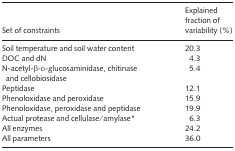
<table><thead><tr><td><b>Set of constraints</b></td><td><b>Explained fraction of variability (%)</b></td></tr></thead><tbody><tr><td>Soil temperature and soil water content</td><td>20.3</td></tr><tr><td>DOC and dN</td><td>4.3</td></tr><tr><td>N-acetyl-β-d-glucosaminidase, chitinase and cellobiosidase</td><td>5.4</td></tr><tr><td>Peptidase</td><td>12.1</td></tr><tr><td>Phenoloxidase and peroxidase</td><td>15.9</td></tr><tr><td>Phenoloxidase, peroxidase and peptidase</td><td>19.9</td></tr><tr><td>Actual protease and cellulase/amylase*</td><td>6.3</td></tr><tr><td>All enzymes</td><td>24.2</td></tr><tr><td>All parameters</td><td>36.0</td></tr></tbody></table>